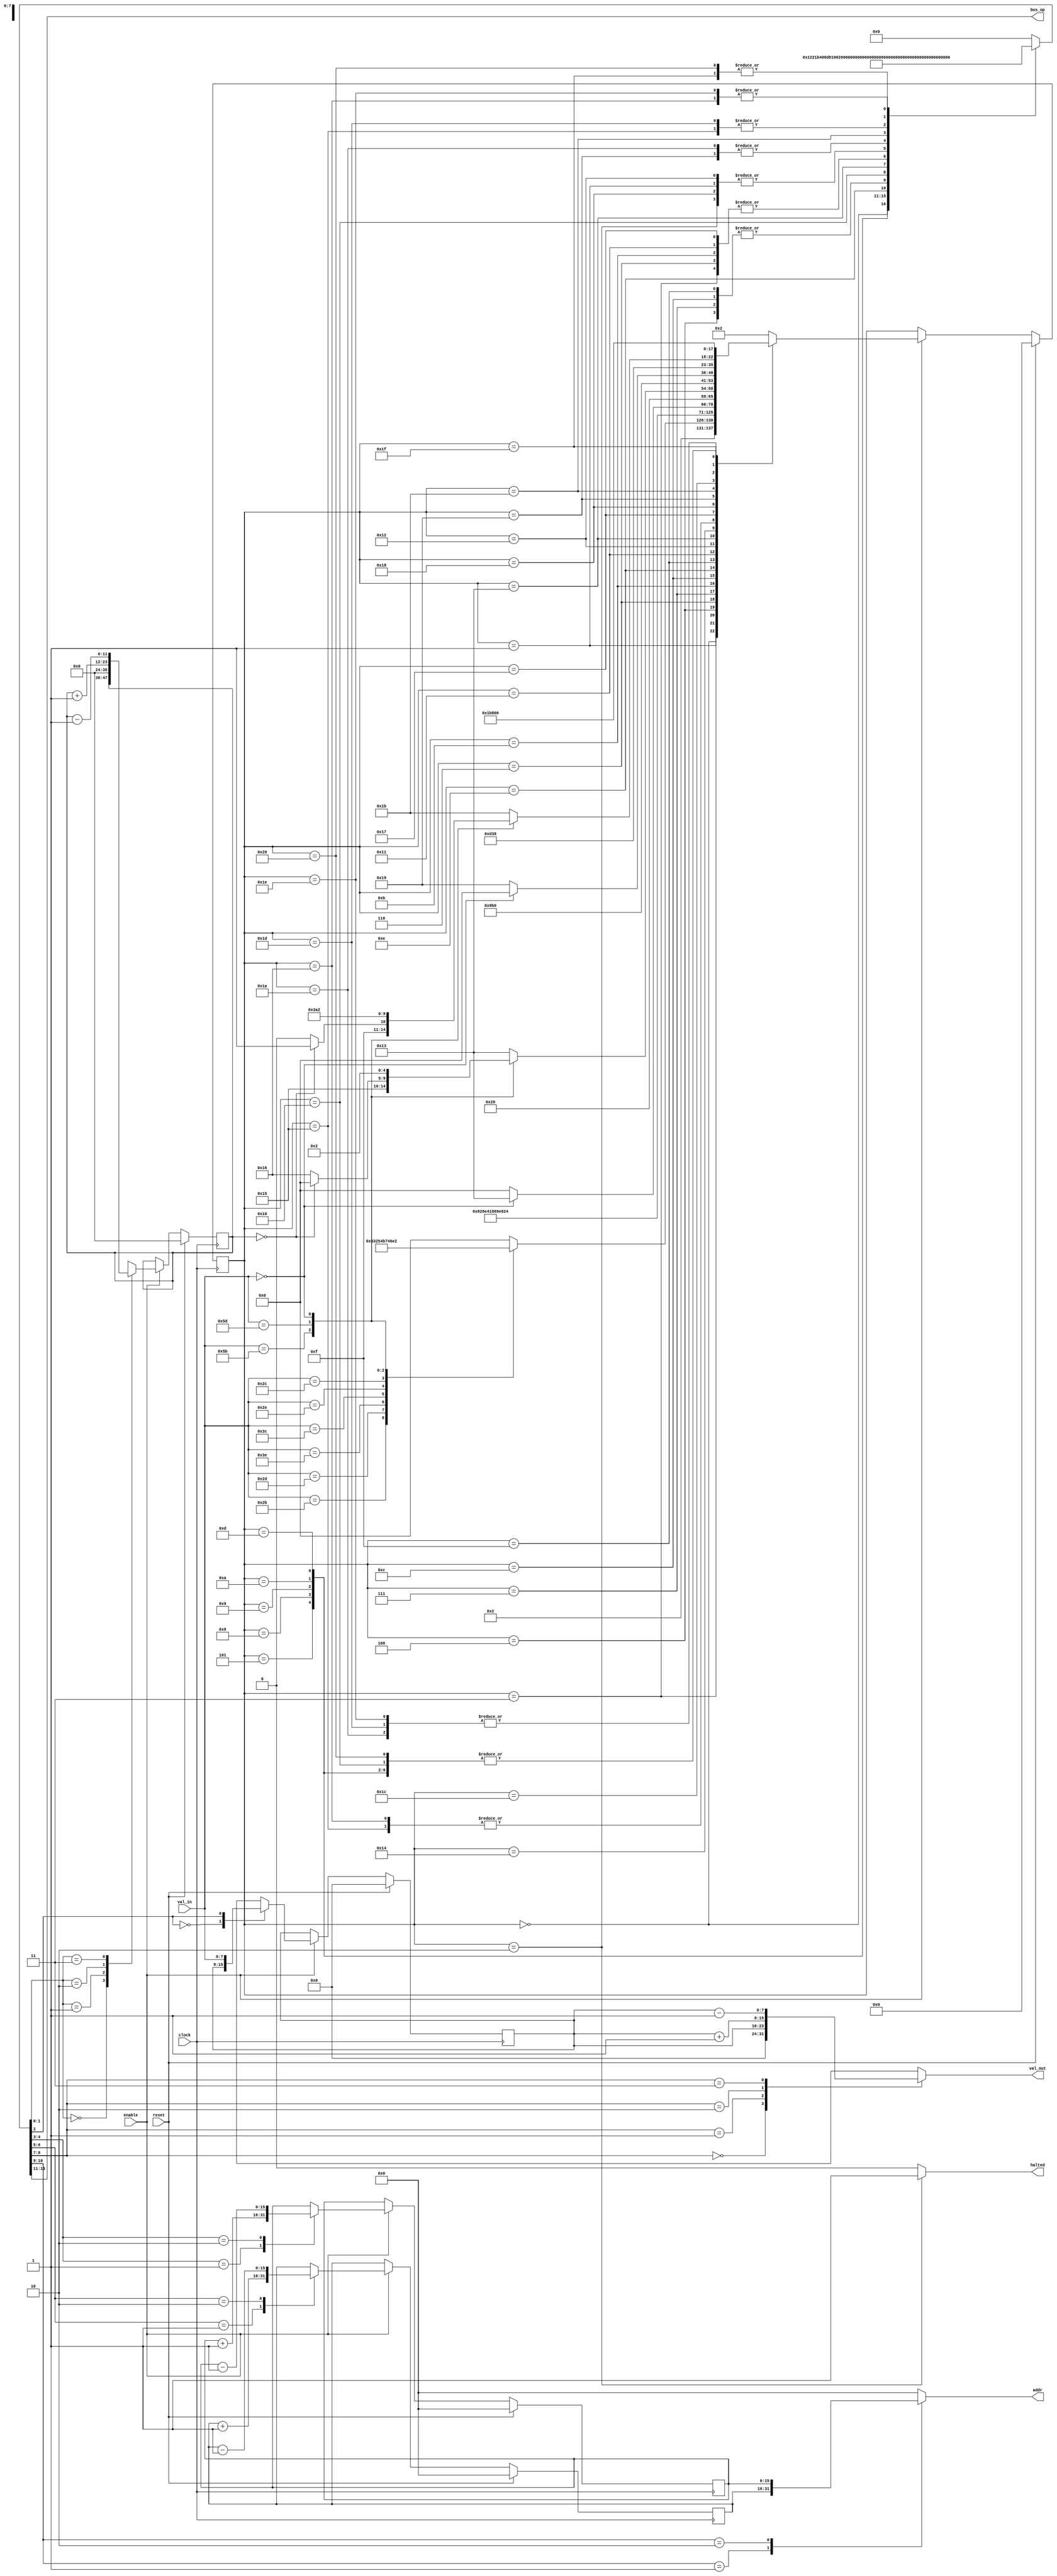
`default_nettype none
`default_nettype none
module BF (
	addr,
	val_out,
	val_in,
	bus_op,
	halted,
	clock,
	reset,
	enable
);
	parameter DATA_ADDR_WIDTH = 16;
	parameter PROG_ADDR_WIDTH = 16;
	parameter DATA_WIDTH = 8;
	parameter DEPTH_WIDTH = 12;
	function integer max;
		input integer a;
		input integer b;
		max = (a > b ? a : b);
	endfunction
	parameter ADDR_WIDTH = max(DATA_ADDR_WIDTH, PROG_ADDR_WIDTH);
	parameter BUS_WIDTH = max(DATA_WIDTH, 8);
	output reg [ADDR_WIDTH - 1:0] addr;
	output reg [BUS_WIDTH - 1:0] val_out;
	input wire [BUS_WIDTH - 1:0] val_in;
	output wire [2:0] bus_op;
	output reg halted;
	input wire clock;
	input wire reset;
	input wire enable;
	reg [5:0] state;
	reg [5:0] next_state;
	reg [13:0] ucode;
	reg [DATA_ADDR_WIDTH - 1:0] cursor;
	reg [PROG_ADDR_WIDTH - 1:0] pc;
	always @(*)
		case (ucode[10-:2])
			2'd0: addr = 1'sb0;
			2'd1: addr = pc;
			2'd2: addr = cursor;
			default: addr = 1'sb0;
		endcase
	reg [DATA_WIDTH - 1:0] acc;
	always @(*)
		case (ucode[8-:2])
			2'd0: val_out = 1'sb0;
			2'd1: val_out = acc;
			2'd2: val_out = acc + 1;
			2'd3: val_out = acc - 1;
			default: val_out = 1'sb0;
		endcase
	reg [PROG_ADDR_WIDTH - 1:0] next_pc;
	always @(*)
		case (ucode[6-:2])
			2'd0: next_pc = pc;
			2'd1: next_pc = pc + 1;
			2'd2: next_pc = pc - 1;
			default: next_pc = pc;
		endcase
	reg [DATA_ADDR_WIDTH - 1:0] next_cursor;
	always @(*)
		case (ucode[4-:2])
			2'd0: next_cursor = cursor;
			2'd1: next_cursor = cursor + 1;
			2'd2: next_cursor = cursor - 1;
			default: next_cursor = cursor;
		endcase
	reg [DATA_WIDTH - 1:0] next_acc;
	always @(*)
		case (ucode[2])
			1'd0: next_acc = acc;
			1'd1: next_acc = val_in;
			default: next_acc = acc;
		endcase
	reg [DEPTH_WIDTH - 1:0] depth;
	reg [DEPTH_WIDTH - 1:0] next_depth;
	always @(*)
		case (ucode[1-:2])
			2'd0: next_depth = depth;
			2'd1: next_depth = 1'sb0;
			2'd2: next_depth = depth + 1;
			2'd3: next_depth = depth - 1;
			default: next_depth = depth;
		endcase
	assign bus_op = ucode[13-:3];
	always @(posedge clock)
		if (reset) begin
			pc <= 1'sb0;
			cursor <= 1'sb0;
			acc <= 1'sb0;
			depth <= 1'sb0;
			state <= 6'd0;
		end
		else if (enable) begin
			pc <= next_pc;
			cursor <= next_cursor;
			acc <= next_acc;
			depth <= next_depth;
			state <= next_state;
		end
	always @(*) begin
		halted = 0;
		next_state = 6'd2;
		case (state)
			6'd0: begin
				ucode = 14'b01001000100001;
				next_state = 6'd1;
			end
			6'd1: begin
				ucode = 14'b00000000000001;
				case (val_in)
					"+": next_state = 6'd3;
					"-": next_state = 6'd6;
					">": next_state = 6'd9;
					"<": next_state = 6'd10;
					".": next_state = 6'd11;
					",": next_state = 6'd14;
					"[": next_state = 6'd17;
					"]": next_state = 6'd23;
					8'h00: next_state = 6'd2;
					default: next_state = 6'd0;
				endcase
			end
			6'd2: begin
				ucode = 14'b00000000000001;
				next_state = 6'd2;
				halted = 1;
			end
			6'd3: begin
				ucode = 14'b10010000000001;
				next_state = 6'd4;
			end
			6'd4: begin
				ucode = 14'b00000000000101;
				next_state = 6'd5;
			end
			6'd5: begin
				ucode = 14'b10110100000001;
				next_state = 6'd0;
			end
			6'd6: begin
				ucode = 14'b10010000000001;
				next_state = 6'd7;
			end
			6'd7: begin
				ucode = 14'b00000000000101;
				next_state = 6'd8;
			end
			6'd8: begin
				ucode = 14'b10110110000001;
				next_state = 6'd0;
			end
			6'd9: begin
				ucode = 14'b00000000001001;
				next_state = 6'd0;
			end
			6'd10: begin
				ucode = 14'b00000000010001;
				next_state = 6'd0;
			end
			6'd11: begin
				ucode = 14'b10010000000001;
				next_state = 6'd12;
			end
			6'd12: begin
				ucode = 14'b00000000000101;
				next_state = 6'd13;
			end
			6'd13: begin
				ucode = 14'b11100010000001;
				next_state = 6'd0;
			end
			6'd14: begin
				ucode = 14'b11000000000001;
				next_state = 6'd15;
			end
			6'd15: begin
				ucode = 14'b00000000000101;
				next_state = 6'd16;
			end
			6'd16: begin
				ucode = 14'b10110010000001;
				next_state = 6'd0;
			end
			6'd17: begin
				ucode = 14'b10010000000001;
				next_state = 6'd18;
			end
			6'd18: begin
				ucode = 14'b00000000000001;
				if (val_in == {BUS_WIDTH {1'sb0}})
					next_state = 6'd19;
				else
					next_state = 6'd0;
			end
			6'd19: begin
				ucode = 14'b01001000100000;
				next_state = 6'd20;
			end
			6'd20: begin
				ucode = 14'b00000000000000;
				case (val_in)
					"[": next_state = 6'd21;
					"]":
						if (depth == {DEPTH_WIDTH {1'sb0}})
							next_state = 6'd0;
						else
							next_state = 6'd22;
					8'h00: next_state = 6'd2;
					default: next_state = 6'd19;
				endcase
			end
			6'd21: begin
				ucode = 14'b00000000000010;
				next_state = 6'd19;
			end
			6'd22: begin
				ucode = 14'b00000000000011;
				next_state = 6'd19;
			end
			6'd23: begin
				ucode = 14'b10010000000001;
				next_state = 6'd24;
			end
			6'd24: begin
				ucode = 14'b00000000000001;
				if (val_in == {BUS_WIDTH {1'sb0}})
					next_state = 6'd0;
				else
					next_state = 6'd25;
			end
			6'd25: begin
				ucode = 14'b00000001000001;
				next_state = 6'd26;
			end
			6'd26: begin
				ucode = 14'b00000001000001;
				next_state = 6'd27;
			end
			6'd27: begin
				ucode = 14'b01001001000000;
				next_state = 6'd28;
			end
			6'd28: begin
				ucode = 14'b00000000000000;
				case (val_in)
					"[":
						if (depth == {DEPTH_WIDTH {1'sb0}})
							next_state = 6'd31;
						else
							next_state = 6'd30;
					"]": next_state = 6'd29;
					8'h00: next_state = 6'd2;
					default: next_state = 6'd27;
				endcase
			end
			6'd29: begin
				ucode = 14'b00000000000010;
				next_state = 6'd27;
			end
			6'd30: begin
				ucode = 14'b00000000000011;
				next_state = 6'd27;
			end
			6'd31: begin
				ucode = 14'b00000000100001;
				next_state = 6'd32;
			end
			6'd32: begin
				ucode = 14'b00000000100001;
				next_state = 6'd0;
			end
			default: begin
				ucode = 14'b00000000000000;
				next_state = 6'd2;
			end
		endcase
	end
endmodule
`default_nettype none
module my_chip (
	io_in,
	io_out,
	clock,
	reset
);
	input wire [11:0] io_in;
	output wire [11:0] io_out;
	input wire clock;
	input wire reset;
	reg [7:0] bus_out;
	reg [2:0] state;
	reg [2:0] next_state;
	wire halted;
	assign io_out = {halted, state, bus_out};
	wire [7:0] bus_in;
	assign bus_in = io_in[7:0];
	wire op_done;
	assign op_done = io_in[8];
	wire enable;
	assign enable = io_in[9];
	wire [15:0] addr;
	reg [7:0] val_in;
	wire [7:0] val_out;
	wire [2:0] bus_op;
	reg bf_enable;
	BF bf(
		.addr(addr),
		.val_in(val_in),
		.val_out(val_out),
		.bus_op(bus_op),
		.halted(halted),
		.clock(clock),
		.reset(reset),
		.enable(enable && bf_enable)
	);
	reg [2:0] op_cache;
	reg [15:0] addr_cache;
	reg [7:0] val_cache;
	reg cache_out;
	reg cache_in;
	always @(*) begin
		bf_enable = 0;
		cache_out = 0;
		cache_in = 0;
		bus_out = 1'sb0;
		case (state)
			3'b000: begin
				bf_enable = 1;
				cache_out = 1;
				if (bus_op != 3'b000)
					next_state = 3'b001;
				else
					next_state = 3'b000;
			end
			3'b001: begin
				bus_out = {5'b00000, op_cache};
				next_state = 3'b010;
			end
			3'b010: begin
				bus_out = addr_cache[15:8];
				next_state = 3'b011;
			end
			3'b011: begin
				bus_out = addr_cache[7:0];
				next_state = 3'b100;
			end
			3'b100: begin
				bus_out = val_cache;
				cache_in = 1;
				if (op_done)
					next_state = 3'b000;
				else
					next_state = 3'b100;
			end
			default: next_state = 3'b000;
		endcase
	end
	always @(posedge clock)
		if (reset) begin
			state <= 3'b000;
			op_cache <= 3'b000;
			addr_cache <= 1'sb0;
			val_cache <= 1'sb0;
			val_in <= 1'sb0;
		end
		else if (enable) begin
			state <= next_state;
			if (cache_out) begin
				op_cache <= bus_op;
				addr_cache <= addr;
				val_cache <= val_out;
			end
			if (cache_in)
				val_in <= bus_in;
		end
endmodule